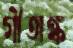
গীতাঙ্ক